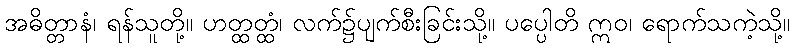
အဓိတ္တာနံ၊ ရန်သူတို့။ ဟတ္ထတ္ထံ၊ လက်၌ပျက်စီးခြင်းသို့။ ပပ္ပေါတိ ဣဝ၊ ရောက်သကဲ့သို့။